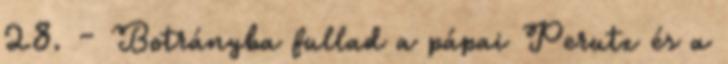
28. – Botrányba fullad a pápai Perutz és a